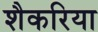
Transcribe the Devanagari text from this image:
शैकरिया